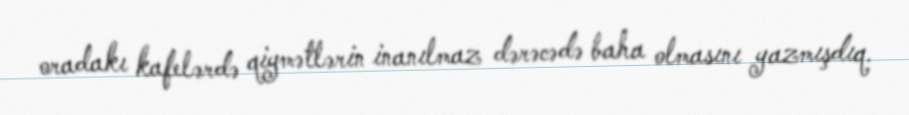
oradakı kafelərdə qiymətlərin inanılmaz dərəcədə baha olmasını yazmışdıq.